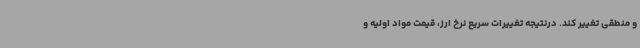
و منطقی تغییر کند. درنتیجه تغییرات سریع نرخ ارز، قیمت مواد اولیه و